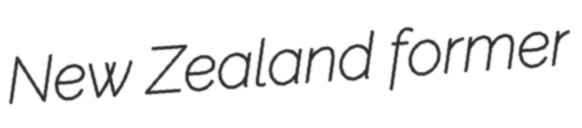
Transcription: New Zealand former